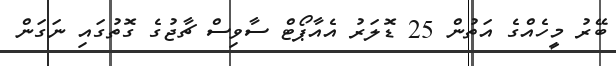
ބޭރު މީހެއްގެ އަތުން 25 ޑޮލަރު އެއާޕޯޓް ސާވިސް ޗާޖުގެ ގޮތުގައި ނަގަން